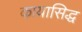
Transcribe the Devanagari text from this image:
कायासिद्ध